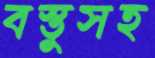
বস্তুসহ